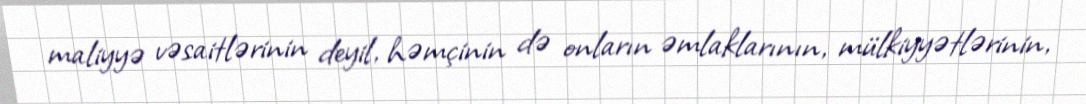
maliyyə vəsaitlərinin deyil, həmçinin də onların əmlaklarının, mülkiyyətlərinin,